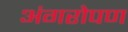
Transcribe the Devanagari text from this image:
अंगरोपण